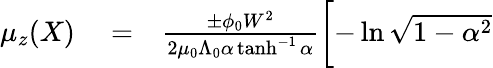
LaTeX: \begin{array}{rlr}{\mu_{z}(X)}&{{}=}&{\frac{\pm\phi_{0}W^{2}}{2\mu_{0}\Lambda_{0}\alpha\operatorname{tanh}^{-1}\alpha}\biggl[-\ln\sqrt{1-\alpha^{2}}}\end{array}